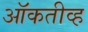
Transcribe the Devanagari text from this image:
ऑकतीव्ह